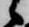
候